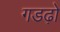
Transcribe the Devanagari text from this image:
गडढ़ो